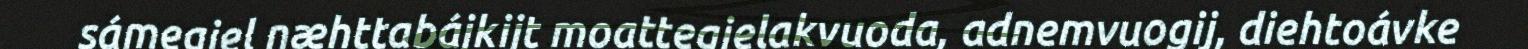
sámegiel næhttabájkijt moattegielakvuoda, adnemvuogij, diehtoávke